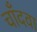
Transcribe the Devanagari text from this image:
चाँदवा